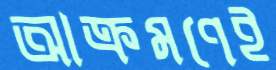
আক্রমণেই